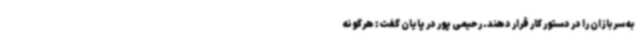
به سربازان را در دستور کار قرار دهند. رحیمی پور در پایان گفت: هرگونه